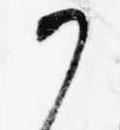
か